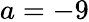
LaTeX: a=-9